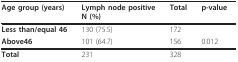
<table><thead><tr><td><b>Age group (years)</b></td><td><b>Lymph node positiveN (%)</b></td><td><b>Total</b></td><td><b>p-value</b></td></tr></thead><tbody><tr><td><b>Less than/equal 46</b></td><td>130 (75.5)</td><td>172</td><td>[EMPTY_CELL]</td></tr><tr><td><b>Above46</b></td><td>101 (64.7)</td><td>156</td><td>0.012</td></tr><tr><td><b>Total</b></td><td>231</td><td>328</td><td>[EMPTY_CELL]</td></tr></tbody></table>